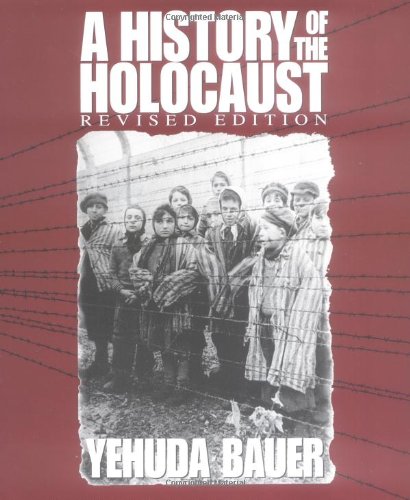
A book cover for A History of the Holocaust (Single Title Social Studies); Yehuda Bauer; Teen & Young Adult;